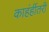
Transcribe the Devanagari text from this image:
काहंहींतरी